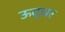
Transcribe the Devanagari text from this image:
ऊद्धर